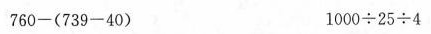
$$760-(739-40) $$$$1000÷25÷4$$